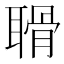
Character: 𦖼